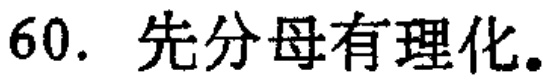
60. 先分母有理化。